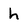
Character: h